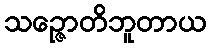
သဉ္ဇောတိဘူတာယ